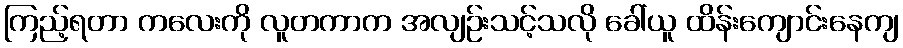
ကြည့်ရတာ ကလေးကို လူတကာက အလျဉ်းသင့်သလို ခေါ်ယူ ထိန်းကျောင်းနေကျ